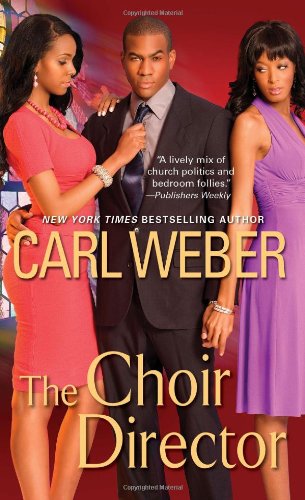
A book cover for The Choir Director (Church); Carl Weber; Literature & Fiction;